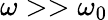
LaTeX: \omega>>\omega_{0}